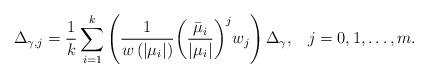
LaTeX: \begin{align*} {\Delta _{\gamma ,j}} = \frac{1}{k} \sum\limits_{i = 1}^k {\left( {\frac{1}{{w\left( {\left| {{\mu _i}} \right|} \right)}}{{\left( {\frac{{{{\bar \mu }_i}}}{{\left| {{\mu _i}} \right|}}} \right)}^j}{w_j}} \right)\Delta _\gamma, \;\;\; j = 0, 1, \dots , m } .\end{align*}